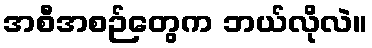
အစီအစဉ်တွေက ဘယ်လိုလဲ။